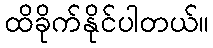
ထိခိုက်နိုင်ပါတယ်။